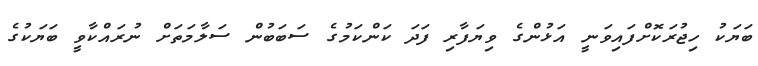
ބަޔަކު ހިޖުރަކޮށްފައިވަނީ އަޅުންގެ ވިޔަފާރި ފަދަ ކަންކަމުގެ ސަބަބުން ސަލާމަތަށް ނުރައްކާވީ ބަޔަކުގެ